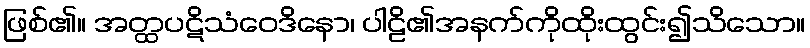
ဖြစ်၏။ အတ္ထပဋိသံဝေဒိနော၊ ပါဠိ၏အနက်ကိုထိုးထွင်း၍သိသော။